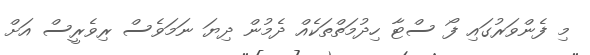
މި ފެންވަރުގައި ފޯ ސްޓާ ހިދުމަތްތަކެއް ދެމުން ދިޔަ ނަމަވެސް ރިވެރީސް އަށް